Leaving Certificate Examination (including Day School Certificate (Higher) General paper), 1936
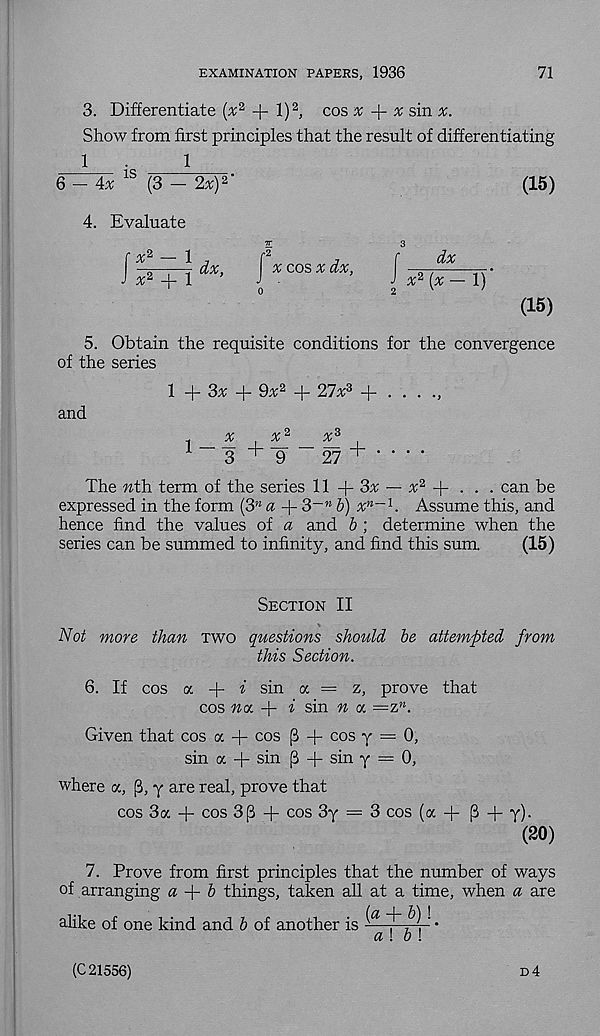
EXAMINATION PAPERS, 1936
71
3. Differentiate (% 2 + l) 2 , cos x
x sin x.
Show from first principles that the result of differentiating
1
.
1
6 - 4* 15 (3 - 2a;) 2 *
(15)
4. Evaluate
f
% 2 -f- 1
a; cos a; dx.
dx
x 2 [x — 1)
(15)
5. Obtain the requisite conditions for the convergence
of the series
and
l + 3x + 9x 2 + 27x 3
a; 2
x3
,
^ “ 27 +
The nth. term of the series 11 -|- 3a; — a; 2 -j- . . . can be
expressed in the form (3 n a -|- 3~n b) x n~1 . Assume this, and
hence find the values of a and b ; determine when the
series can be summed to infinity, and find this sum.
(15)
Section II
Not more than two questions should be attempted from
this Section.
6. If cos a + i sin a = z, prove that
cos no. + i sin n « =z K .
Given that cos a + cos j3 + cos y = 0,
sin a + sin ^ + sin y = 0,
where a, (3, y are real, prove that
cos 3a + cos 3(3 + cos 3y — 3 cos (a + P + y)-
(20)
7. Prove from first principles that the number of ways
of arranging a
b things, taken all at a time, when a are
alike of one kind and b of another is ( a
-.
a \ b\
(C 21556)
d4